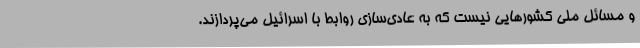
و مسائل ملی کشورهایی نیست که به عادی‌سازی روابط با اسرائیل می‌پردازند.